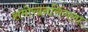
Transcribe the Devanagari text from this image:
समोखनसिंगला